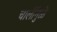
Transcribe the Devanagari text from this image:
चालींनुळे